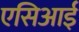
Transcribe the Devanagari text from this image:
एसिआई